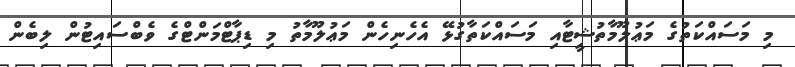
މި މަސައްކަތުގެ މަޢުލޫމާތުޝީޓާއި މަސައްކަތާގުޅޭ އެހެނިހެން މަޢުލޫމާތު މި ޑިޕާޓްމަންޓްގެ ވެބްސައިޓުން ލިބެން